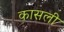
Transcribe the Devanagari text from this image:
कासली